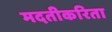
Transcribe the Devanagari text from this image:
मदतीकरिता